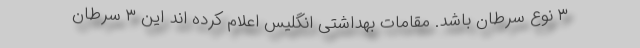
۳ نوع سرطان باشد. مقامات بهداشتی انگلیس اعلام کرده اند این ۳ سرطان